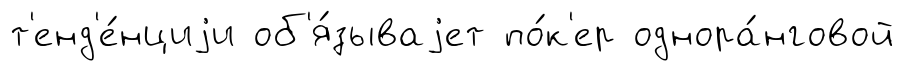
т'енд'е́нциjи об'я́зываjет по́к'ер однора́нговой